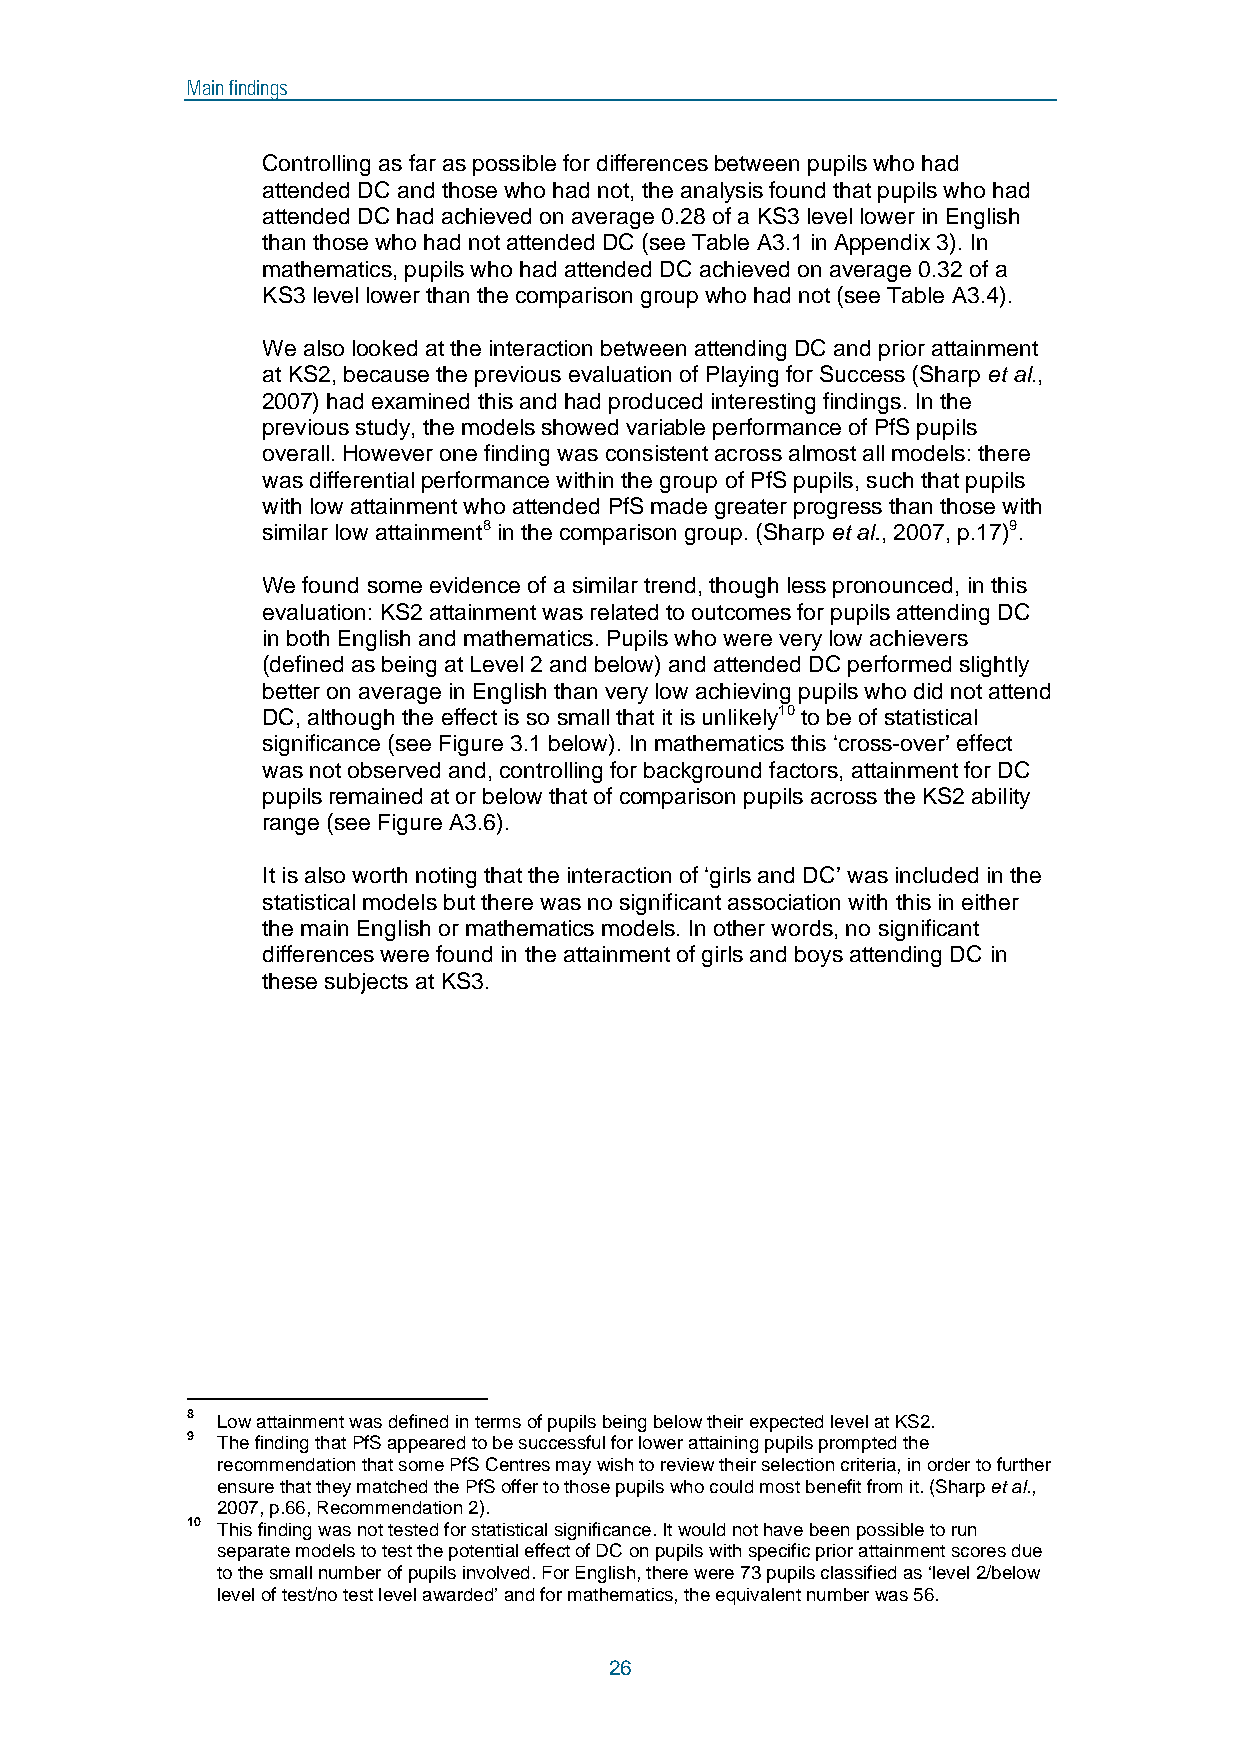
Main findings
 Controlling as far as possible for differences between pupils who had
 attended DC and those who had not, the analysis found that pupils who had
 attended DC had achieved on average 0.28 of a KS3 level lower in English
 than those who had not attended DC (see Table A3.1 in Appendix 3). In
 mathematics, pupils who had attended DC achieved on average 0.32 of a
 KS3 level lower than the comparison group who had not (see Table A3.4).
 We also looked at the interaction between attending DC and prior attainment
 at KS2, because the previous evaluation of Playing for Success (Sharp et al.,
 2007) had examined this and had produced interesting findings. In the
 previous study, the models showed variable performance of PfS pupils
 overall. However one finding was consistent across almost all models: there
 was differential performance within the group of PfS pupils, such that pupils
 with low attainment who attended PfS made greater progress than those with
 similar low attainment8 in the comparison group. (Sharp et al., 2007, p.17)9.
 We found some evidence of a similar trend, though less pronounced, in this
 evaluation: KS2 attainment was related to outcomes for pupils attending DC
 in both English and mathematics. Pupils who were very low achievers
 (defined as being at Level 2 and below) and attended DC performed slightly
 better on average in English than very low achieving pupils who did not attend
 DC, although the effect is so small that it is unlikely10 to be of statistical
 significance (see Figure 3.1 below). In mathematics this ‘cross-over’ effect
 was not observed and, controlling for background factors, attainment for DC
 pupils remained at or below that of comparison pupils across the KS2 ability
 range (see Figure A3.6).
 It is also worth noting that the interaction of ‘girls and DC’ was included in the
 statistical models but there was no significant association with this in either
 the main English or mathematics models. In other words, no significant
 differences were found in the attainment of girls and boys attending DC in
 these subjects at KS3.
 8 Low attainment was defined in terms of pupils being below their expected level at KS2.
 9 The finding that PfS appeared to be successful for lower attaining pupils prompted the
 recommendation that some PfS Centres may wish to review their selection criteria, in order to further
 ensure that they matched the PfS offer to those pupils who could most benefit from it. (Sharp et al.,
 2007, p.66, Recommendation 2).
 10 This finding was not tested for statistical significance. It would not have been possible to run
 separate models to test the potential effect of DC on pupils with specific prior attainment scores due
 to the small number of pupils involved. For English, there were 73 pupils classified as ‘level 2/below
 level of test/no test level awarded’ and for mathematics, the equivalent number was 56.
 26